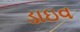
ડાઇવ